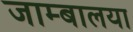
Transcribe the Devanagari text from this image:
जाम्बालया